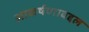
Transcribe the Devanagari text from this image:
आकर्षणाबद्दल